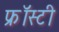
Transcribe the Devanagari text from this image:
फ्रॉस्टी